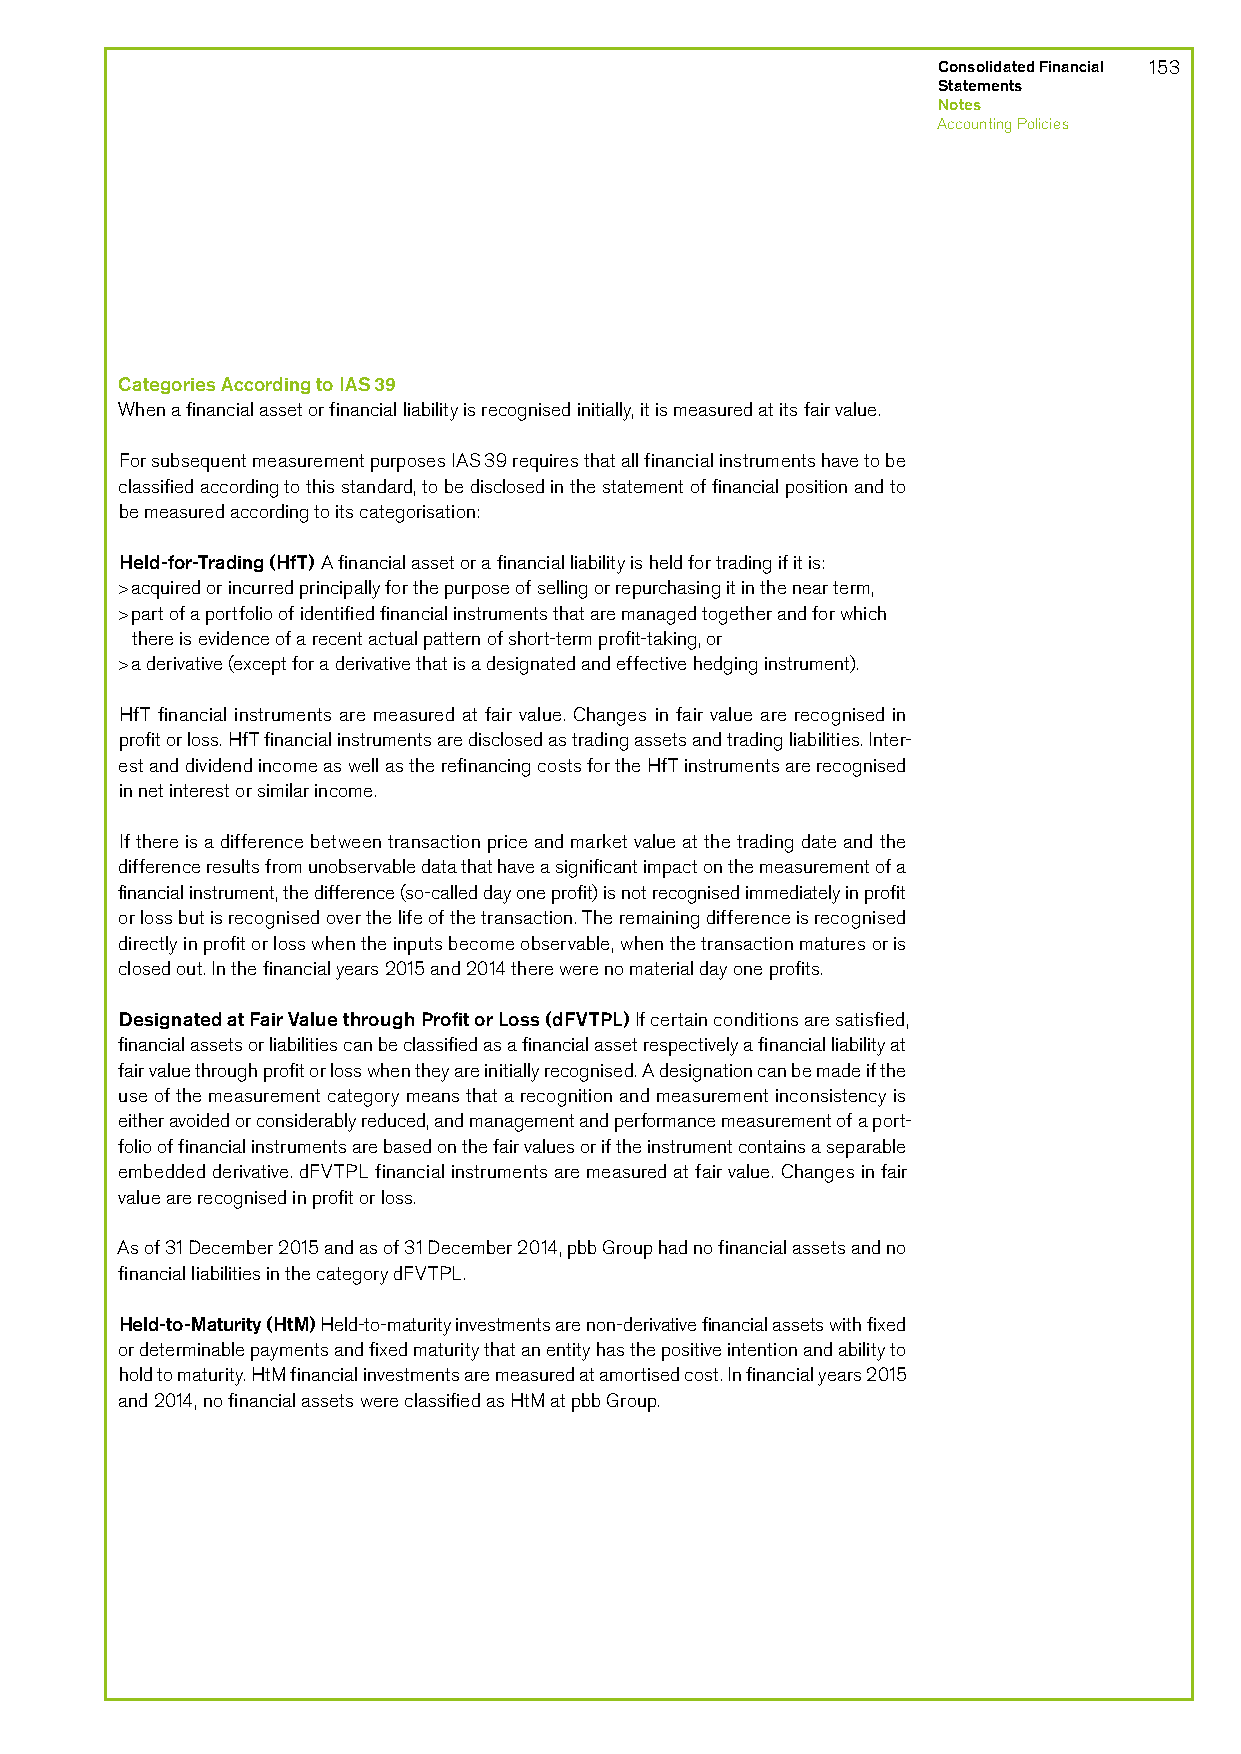
Consolidated Financial 153
 Statements
 Notes
 Accounting Policies
 Categories According to IAS 39
 When a financial asset or financial liability is recognised initially, it is measured at its fair value.
 For subsequent measurement purposes IAS 39 requires that all financial instruments have to be
 classified according to this standard, to be disclosed in the statement of financial position and to
 be measured according to its categorisation:
 Held-for-Trading (HfT) A financial asset or a financial liability is held for trading if it is:
 > acquired or incurred principally for the purpose of selling or repurchasing it in the near term,
 > part of a portfolio of identified financial instruments that are managed together and for which
 there is evidence of a recent actual pattern of short-term profit-taking, or
 > a derivative (except for a derivative that is a designated and effective hedging instrument).
 HfT financial instruments are measured at fair value. Changes in fair value are recognised in
 profit or loss. HfT financial instruments are disclosed as trading assets and trading liabilities. Inter-
 est and dividend income as well as the refinancing costs for the HfT instruments are recognised
 in net interest or similar income.
 If there is a difference between transaction price and market value at the trading date and the
 difference results from unobservable data that have a significant impact on the measurement of a
 financial instrument, the difference (so-called day one profit) is not recognised immediately in profit
 or loss but is recognised over the life of the transaction. The remaining difference is recognised
 directly in profit or loss when the inputs become observable, when the transaction matures or is
 closed out. In the financial years 2015 and 2014 there were no material day one profits.
 Designated at Fair Value through Profit or Loss (dFVTPL) If certain conditions are satisfied,
 financial assets or liabilities can be classified as a financial asset respectively a financial liability at
 fair value through profit or loss when they are initially recognised. A designation can be made if the
 use of the measurement category means that a recognition and measurement inconsistency is
 either avoided or considerably reduced, and management and performance measurement of a port-
 folio of financial instruments are based on the fair values or if the instrument contains a separable
 embedded derivative. dFVTPL financial instruments are measured at fair value. Changes in fair
 value are recognised in profit or loss.
 As of 31 December 2015 and as of 31 December 2014, pbb Group had no financial assets and no
 financial liabilities in the category dFVTPL.
 Held-to-Maturity (HtM) Held-to-maturity investments are non-derivative financial assets with fixed
 or determinable payments and fixed maturity that an entity has the positive intention and ability to
 hold to maturity. HtM financial investments are measured at amortised cost. In financial years 2015
 and 2014, no financial assets were classified as HtM at pbb Group.